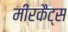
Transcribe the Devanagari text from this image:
मीरकैट्स